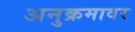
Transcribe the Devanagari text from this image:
अनुक्रमावर